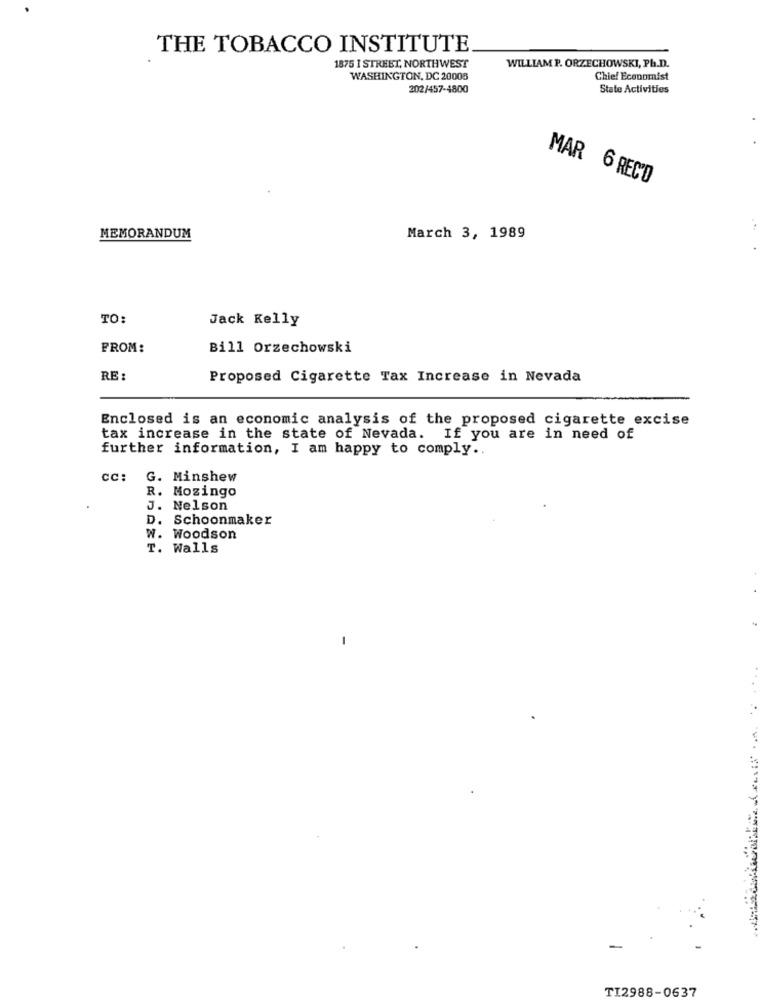
THE TOBACCO INSTITUTE
1875 I STREET, NORTHWEST
WILLIAM P. ORZECHOWSKI, Ph.D.
WASHINGTON, DC 20008
Chief Economist
202/457-4800
State Activities
MAR 6 REC'D
MEMORANDUM
March 3, 1989
TO
Jack Kelly
FROM:
Bill Orzechowski
RE
Proposed Cigarette Tax Increase in Nevada
Enclosed is an economic analysis of the proposed cigarette excise
tax increase in the state of Nevada. If you are in need of
further information, I am happy to comply ..
cc:
G. Minshew
R. Mozingo
J. Nelson
D. Schoonmaker
W. Woodson
T. Walls
-
TI2988-0637